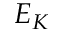
E _ { K }